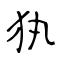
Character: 犱